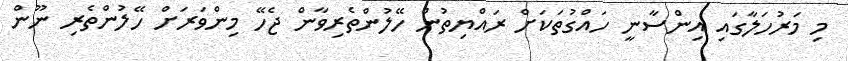
މި މަރުހަލާގައި އިންސާނީ ހައްގުތަކަށް ރައްޔިތުން ހޭލުންތެރިވާން ޖެހޭ މިންވަރަށް ހޭލުންތެރި ނޫން